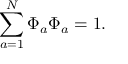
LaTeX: \sum _ { { a } = 1 } ^ { N } \Phi _ { a } \Phi _ { a } = 1 .